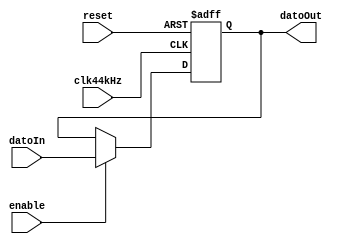
`timescale 1ns / 1ps
//////////////////////////////////////////////////////////////////////////////////
// Company: 
// Engineer: 
// 
// Design Name: 
// Module Name:    Registro 
// Project Name: 
// Target Devices: 
// Tool versions: 
// Description: 
//
// Dependencies: 
//
// Revision: 
// Revision 0.01 - File Created
// Additional Comments: 
//
//////////////////////////////////////////////////////////////////////////////////
module Registro#(parameter Width = 25)(
	input clk44kHz,reset, enable,
	input wire  [Width-1:0] datoIn, 
	output wire [Width-1:0] datoOut
    );
	 
	 reg [Width-1:0] datoActual, datoSig;
	
	always @ (posedge clk44kHz, posedge reset)
	
		if (reset)
			datoActual <= 0;
		
		else
			datoActual <= datoSig;
			
	always @*
	
		begin
			datoSig = datoActual;
			if (enable) 
				datoSig = datoIn;
			else
				datoSig = datoActual;
		end	
	assign datoOut = datoActual;			
endmodule